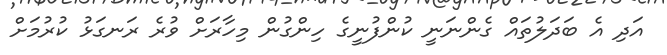
އަދި އެ ބަދަލުތައް ގެންނަނީ ކުންފުނީގެ ހިންގުން މިހާރަށް ވުރެ ރަނގަޅު ކުރުމަށް